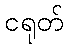
ငရုတ်